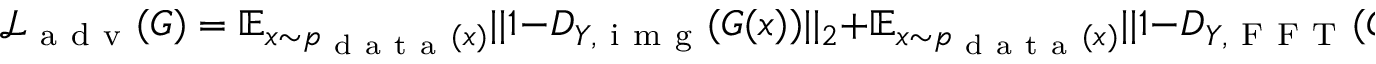
\mathcal { L } _ { \mathrm { ~ a ~ d ~ v ~ } } ( G ) = \mathbb { E } _ { x \sim p _ { \mathrm { ~ d ~ a ~ t ~ a ~ } } ( x ) } | | 1 - D _ { Y , \mathrm { ~ i ~ m ~ g ~ } } ( G ( x ) ) | | _ { 2 } + \mathbb { E } _ { x \sim p _ { \mathrm { ~ d ~ a ~ t ~ a ~ } } ( x ) } | | 1 - D _ { Y , \mathrm { ~ F ~ F ~ T ~ } } ( G ( x ) ) | | _ { 2 }